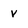
Character: v